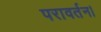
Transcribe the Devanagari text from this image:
परावर्तन।